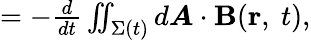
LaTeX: \textstyle=-{\frac{d}{dt}}\iint_{\Sigma(t)}d{\boldsymbol{A}}\cdot\mathbf{B}(\mathbf{r},\ t),